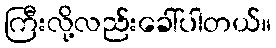
ကြီးလို့လည်းခေါ်ပါတယ်။